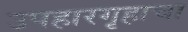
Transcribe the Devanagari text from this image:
उपहारगृहाचा